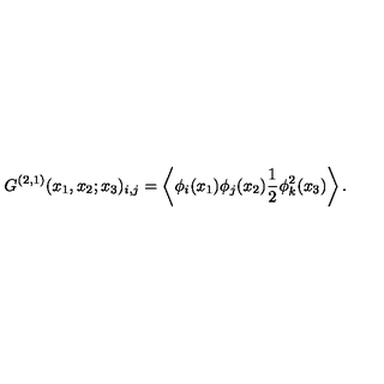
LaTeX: G ^ { ( 2 , 1 ) } ( x _ { 1 } , x _ { 2 } ; x _ { 3 } ) _ { i , j } = \left\langle { \phi } _ { i } ( x _ { 1 } ) { \phi } _ { j } ( x _ { 2 } ) \frac { 1 } { 2 } { \phi } _ { k } ^ { 2 } ( x _ { 3 } ) \right\rangle .